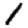
Digit: 1